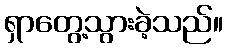
ရှာတွေ့သွားခဲ့သည်။